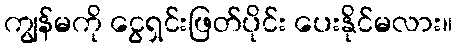
ကျွန်မကို ငွေရှင်းဖြတ်ပိုင်း ပေးနိုင်မလား။